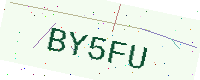
Text: BY5FU